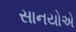
સાનયોએ